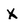
Character: x